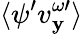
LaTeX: \langle\psi^{\prime}v_{\mathbf{y}}^{\omega\prime}\rangle